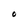
Character: O